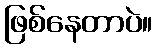
ဖြစ်နေတာပဲ။